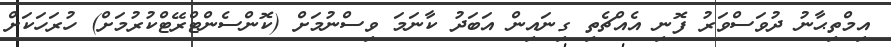
އިމްތިޙާނު ދުވަސްވަރު ފޮނި އެއްޗެތި ގިނައިން އަބަދު ކާނަމަ ވިސްނުމަށް (ކޮންސެންޓްރޭޓްކުރުމަށް) ހުރަހަކަށް